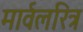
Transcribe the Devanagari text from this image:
मार्वलरित्र